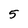
Character: 5